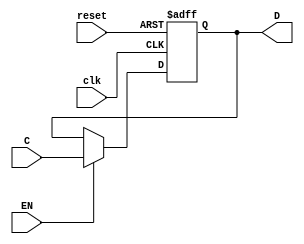
module FFD(input wire clk, EN, reset, input wire C, output reg D);
  always @ (posedge clk, posedge reset) begin

  if(reset)
    D <= 1'b0;

  else if(EN == 1)
    D <= C;
  end
endmodule


module FFJK(input wire clk, EN, reset, input wire J, K, output Q);
  wire D, QN, KN, Y1, Y2;

  not(QN, Q);
  not(KN, K);
  and(Y1, KN, Q);
  and(Y2, J, QN);
  or(D, Y1, Y2);

  FFD A1(clk, EN, reset, D, Q);
endmodule